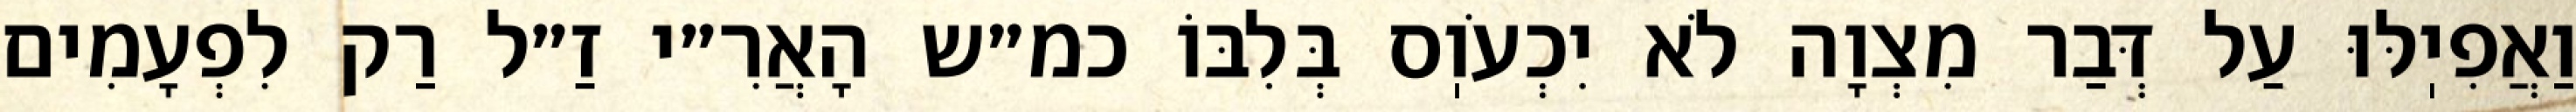
וַאֲפִיֽלּוּ עַל דְּבַר מִצְוָה לֹא יִכְעֹוֽס בְּלִבּוֹ כמ״ש הָאֲרִ״י זַ״ל רַק לִפְעָמִים